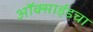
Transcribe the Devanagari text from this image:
ऑक्साईडचा